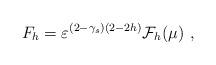
LaTeX: \begin{align*}F_h=\varepsilon^{(2-\gamma_s)(2-2h)}\mathcal{F}_h(\mu)\ ,\end{align*}